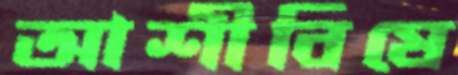
আশীবিষে